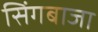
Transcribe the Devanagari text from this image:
सिंगबाजा